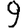
Digit: 9